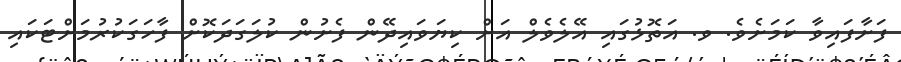
ފަށާފައިވާ ކަމަށެވެ. ވ. އަތޮޅުގައި އޭލެވެލް އަށް ކިޔަވައިދޭން ފެށުން ކުލަގަދަކޮށް ފާހަގަކުރުމަށްޓަކައި